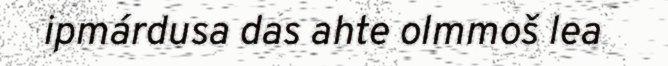
ipmárdusa das ahte olmmoš lea